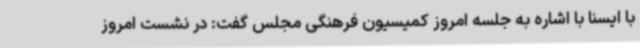
با ایسنا با اشاره به جلسه امروز کمیسیون فرهنگی مجلس گفت: در نشست امروز